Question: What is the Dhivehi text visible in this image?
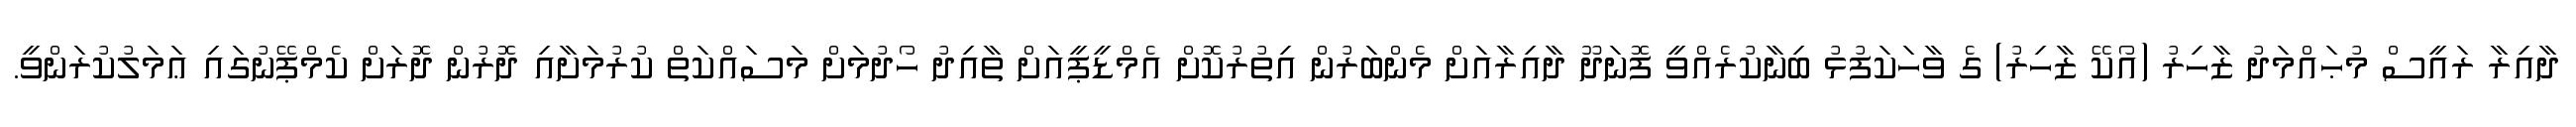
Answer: ދާއިރާ ރައީސް މުޙައްމަދު ޒާހިރު (އޯކޭ ޒާހިރު) ގެ ވާހަކަފުޅު ބިނާކުރެއްވީ ފޮނަދޫ ދާއިރާއަށް މެންބަރުން އިތުރުކޮށް އެމްޑީޕީއަށް ތާއިދު ހޯދުމަށް މަސައްކަތް ކުރުމަށާއި ދޮރުން ދޮރަށް ކެމްޕޭނުގައި ޢަމަލުކުރަންވީ.